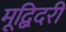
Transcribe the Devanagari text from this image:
मूद्बिदरी